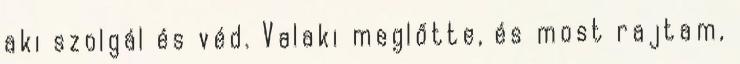
aki szolgál és véd. Valaki meglőtte, és most rajtam,